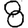
Digit: 8